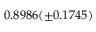
0 . 8 9 8 6 ( \pm 0 . 1 7 4 5 )